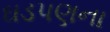
ઘડપણના